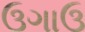
ઉગાઉ